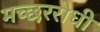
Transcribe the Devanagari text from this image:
मच्छररोधी